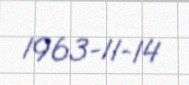
1963-11-14